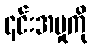
၎င်းအမှုကို